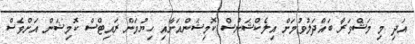
އަދި މި މަޝްވަރާ ބައްދަލުވުމަށް އިލެކްޝަންސް ކޮމިޝަންއަށާއި ހިޔުމަން ރައިޓްސް ކޮމިޝަން އަށްވެސް